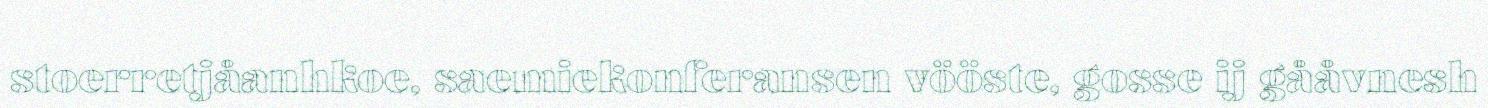
stoerretjåanhkoe, saemiekonferansen vööste, gosse ij gååvnesh